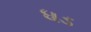
ધડ